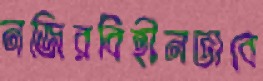
নজিরবিহীনভাবে